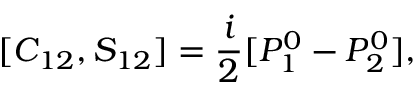
[ C _ { 1 2 } , S _ { 1 2 } ] = \frac { i } { 2 } [ { \cal P } _ { 1 } ^ { 0 } - { \cal P } _ { 2 } ^ { 0 } ] ,